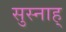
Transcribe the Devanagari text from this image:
सुस्नाह्